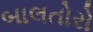
બાલતોરો